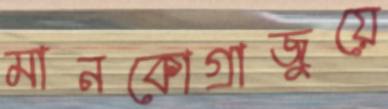
মানকোগ্রাজুয়ে